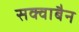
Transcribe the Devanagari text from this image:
सक्वाबैन